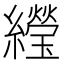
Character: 𬘌